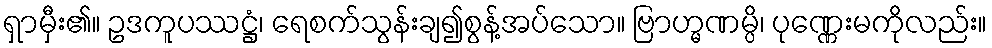
ရှာမှီး၏။ ဥဒကူပဿဋ္ဌံ၊ ရေစက်သွန်းချ၍စွန့်အပ်သော။ ဗြာဟ္မဏမ္ပိ၊ ပုဏ္ဏေးမကိုလည်း။